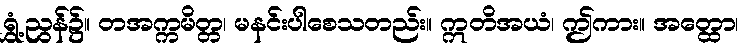
ရွှံ့ညွန်၌။ တအက္ကမိတ္တ၊ မနင်းပါစေသတည်း။ ဣတိအယံ၊ ဤကား။ အတ္ထော၊